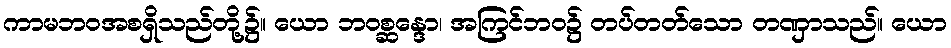
ကာမဘဝအစရှိသည်တို့၌။ ယော ဘဝစ္ဆန္ဒော၊ အကြင်ဘဝ၌ တပ်တတ်သော တဏှာသည်။ ယော